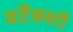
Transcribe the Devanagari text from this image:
वर्टेक्सों